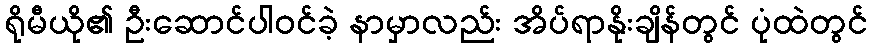
ရိုမီယို၏ ဦးဆောင်ပါဝင်ခဲ့ နာမှာလည်း အိပ်ရာနိုးချိန်တွင် ပုံထဲတွင်